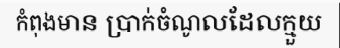
កំពុងមាន ប្រាក់ចំណូលដែលក្មួយ